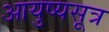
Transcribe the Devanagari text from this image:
आयुष्यसूत्र